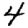
Digit: 4